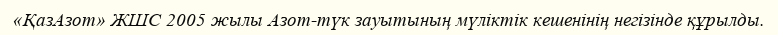
«ҚазАзот» ЖШС 2005 жылы Азот-түк зауытының мүліктік кешенінің негізінде құрылды.